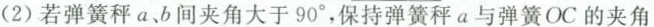
(2)若弹簧秤a、b间夹角大于90^{\circ}，保持弹簧秤a与弹簧OC的夹角